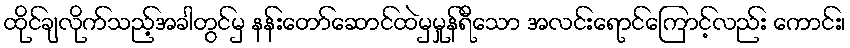
ထိုင်ချလိုက်သည့်အခါတွင်မှ နန်းတော်ဆောင်ထဲမှမှုန်ရီသော အလင်းရောင်ကြောင့်လည်း ကောင်း၊